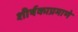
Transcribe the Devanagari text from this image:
शीर्षकाप्रमाणे